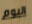
اليوم